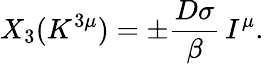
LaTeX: X_{3}(K^{3\mu})=\pm\frac{D\sigma}{\beta}\, I^{\mu}.